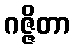
ဂဇ္ဇိတာ